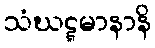
သံဃဋ္ဋမာနာနိ